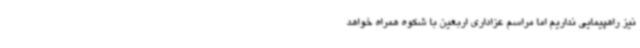
نیز راهپیمایی نداریم اما مراسم عزاداری اربعین با شکوه همراه خواهد